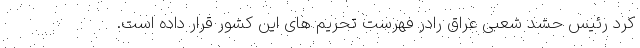
کرد رئیس حشد شعبی عراق رادر فهرست تحریم های این کشور قرار داده است.